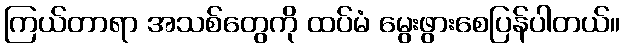
ကြယ်တာရာ အသစ်တွေကို ထပ်မံ မွေးဖွားစေပြန်ပါတယ်။